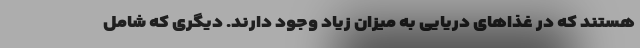
هستند که در غذاهای دریایی به میزان زیاد وجود دارند. دیگری که شامل